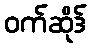
ဝက်ဆိုဒ်